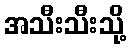
အသီးသီးသို့